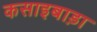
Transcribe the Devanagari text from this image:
कसाइबाड़ा